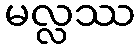
မလ္လဿ